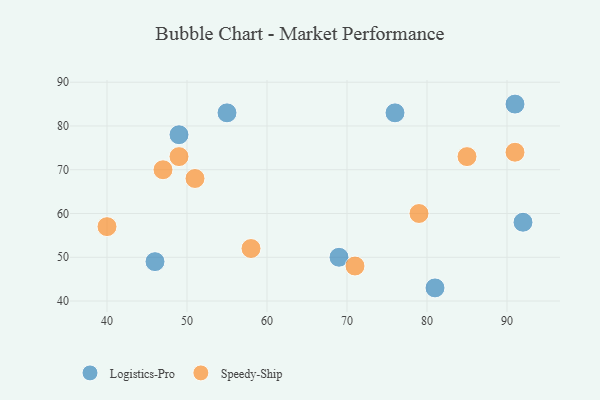
{"axis": {"x": "GDP", "y": "Life Expectancy"}, "legend": ["Logistics-Pro", "Speedy-Ship"], "data": [{"x": "69", "y": 50, "type": "Logistics-Pro"}, {"x": "49", "y": 78, "type": "Logistics-Pro"}, {"x": "55", "y": 83, "type": "Logistics-Pro"}, {"x": "81", "y": 43, "type": "Logistics-Pro"}, {"x": "91", "y": 85, "type": "Logistics-Pro"}, {"x": "92", "y": 58, "type": "Logistics-Pro"}, {"x": "76", "y": 83, "type": "Logistics-Pro"}, {"x": "46", "y": 49, "type": "Logistics-Pro"}, {"x": "49", "y": 73, "type": "Speedy-Ship"}, {"x": "47", "y": 70, "type": "Speedy-Ship"}, {"x": "40", "y": 57, "type": "Speedy-Ship"}, {"x": "71", "y": 48, "type": "Speedy-Ship"}, {"x": "85", "y": 73, "type": "Speedy-Ship"}, {"x": "58", "y": 52, "type": "Speedy-Ship"}, {"x": "51", "y": 68, "type": "Speedy-Ship"}, {"x": "91", "y": 74, "type": "Speedy-Ship"}, {"x": "79", "y": 60, "type": "Speedy-Ship"}]}